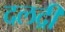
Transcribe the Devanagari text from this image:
दलद्री